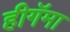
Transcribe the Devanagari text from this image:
हीगॅमा